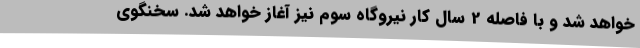
خواهد شد و با فاصله 2 سال کار نیروگاه سوم نیز آغاز خواهد شد. سخنگوی